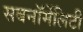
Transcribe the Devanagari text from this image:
सबनॉर्मेलिटी